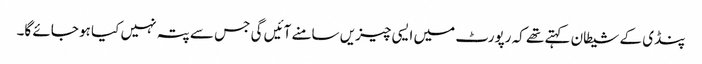
پنڈی کے شیطان کہتے تھے کہ رپورٹ میں ایسی چیزیں سامنے آئیں گی جس سے پتہ نہیں کیا ہو جائے گا۔